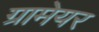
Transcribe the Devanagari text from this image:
ग्रामेयर